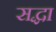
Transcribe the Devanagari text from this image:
सद्धा